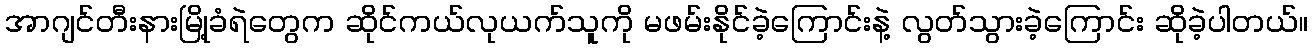
အာဂျင်တီးနားမြို့ခံရဲတွေက ဆိုင်ကယ်လုယက်သူကို မဖမ်းနိုင်ခဲ့ကြောင်းနဲ့ လွတ်သွားခဲ့ကြောင်း ဆိုခဲ့ပါတယ်။